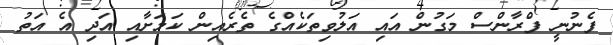
ފެނުނީ ފްރާންސް މަގުން އައި އަލުވިތަކެއްގެ ތެރެއިން ކަމަށާއި އަދި އެ އަތު